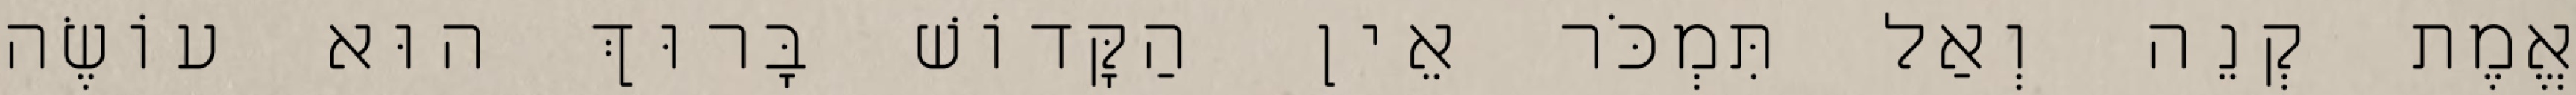
אֱמֶת קְנֵה וְאַל תִּמְכֹּר אֵין הַקָּדוֹשׁ בָּרוּךְ הוּא עוֹשֶׂה